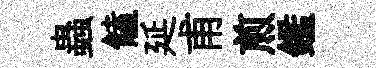
蟲饁延甫煎鑑